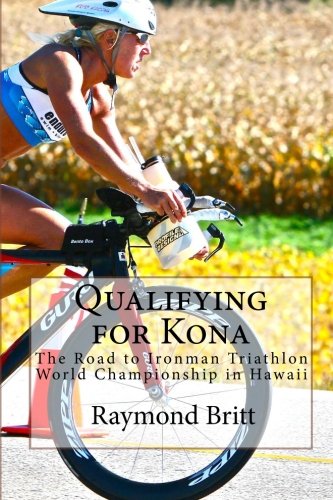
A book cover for Qualifying for Kona: The Road to Ironman Triathlon World Championship in Hawaii; Raymond Britt; Health, Fitness & Dieting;